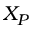
X _ { P }